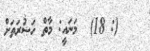
(: 18)  މަނައީ: މާތް ހަޟުރަތަށް